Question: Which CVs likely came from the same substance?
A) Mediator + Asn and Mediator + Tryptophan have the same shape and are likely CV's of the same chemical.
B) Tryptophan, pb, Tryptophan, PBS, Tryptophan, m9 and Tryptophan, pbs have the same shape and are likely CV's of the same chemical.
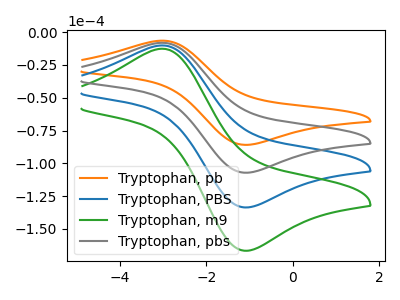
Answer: <think>The orange curve "Tryptophan, pb" has an anodic peak at (-3.05V, -6.55uA) and a cathodic peak at (-1.05V, -85.90uA). The blue curve "Tryptophan, PBS" has an anodic peak at (-3.05V, -16.35uA) and a cathodic peak at (-1.05V, -214.25uA). The green curve "Tryptophan, m9" has an anodic peak at (-3.05V, -24.50uA) and a cathodic peak at (-1.05V, -321.40uA). The gray curve "Tryptophan, pbs" has an anodic peak at (-3.05V, -8.15uA) and a cathodic peak at (-1.05V, -107.15uA).
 All the peaks in "Tryptophan, pb" have a peak in "Tryptophan, PBS" at the same potential. All the peaks in "Tryptophan, pb" have a peak in "Tryptophan, m9" at the same potential. All the peaks in "Tryptophan, pb" have a peak in "Tryptophan, pbs" at the same potential. All the peaks in "Tryptophan, PBS" have a peak in "Tryptophan, m9" at the same potential. All the peaks in "Tryptophan, PBS" have a peak in "Tryptophan, pbs" at the same potential. All the peaks in "Tryptophan, m9" have a peak in "Tryptophan, pbs" at the same potential.</think>
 <answer>B) "Tryptophan, pb", "Tryptophan, PBS", "Tryptophan, m9" and "Tryptophan, pbs" have the same shape and are likely CV's of the same chemical.</answer>
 <eval>B</eval>